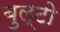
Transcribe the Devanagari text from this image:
बुल्टो